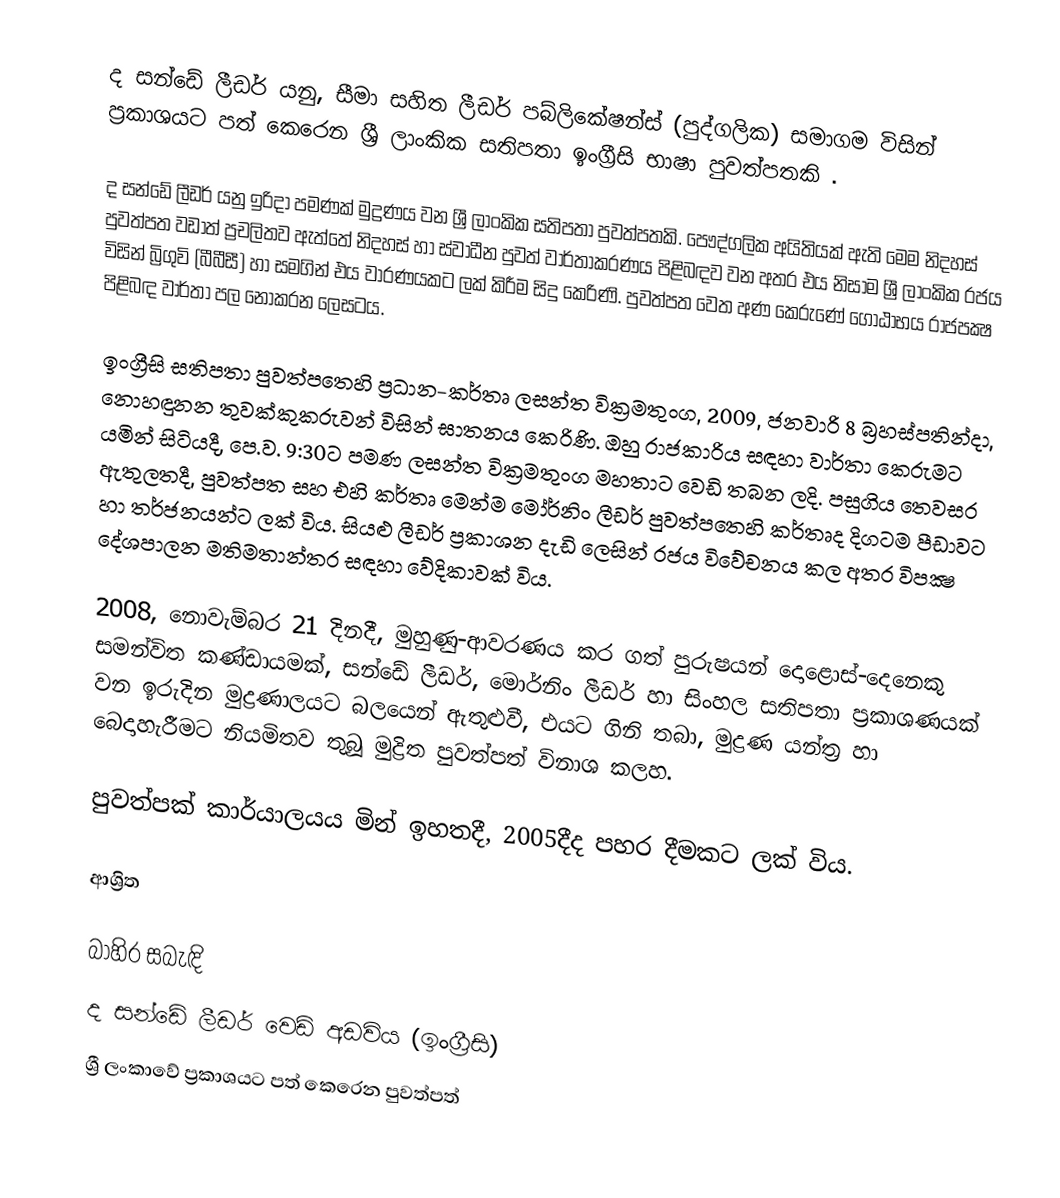
ද සන්ඩේ ලීඩර් යනු, සීමා සහිත  ලීඩර් පබ්ලිකේෂන්ස් (පුද්ගලික) සමාගම විසින් ප්‍රකාශයට පත් කෙරෙන  ශ්‍රී ලාංකික සතිපතා ඉංග්‍රීසි භාෂා පුවත්පතකි .

ද සන්ඩේ ලීඩර් යනු ඉරිදා පමණක් මුද්‍රණය වන ශ්‍රී ලාංකික  සතිපතා පුවත්පතකි. පෞද්ගලික අයිතියක් ඇති මෙම නිදහස් පුවත්පත වඩාත් ප්‍රචලිතව ඇත්තේ නිදහස් හා ස්වාධීන පුවත් වාර්තාකරණය පිළිබඳව වන අතර එය නිසාම ශ්‍රී ලාංකික රජය විසින් බ්‍රිගුවි (බීබීසී) හා සමගින් එය වාරණයකට ලක් කිරීම සිදු කෙරිණි. පුවත්පත වෙත අණ කෙරුණේ  ගෝඨාභය රාජපක්‍ෂ පිළිබඳ වාර්තා පල නොකරන ලෙසටය.

ඉංග්‍රීසි සතිපතා පුවත්පතෙහි ප්‍රධාන-කර්තෘ ලසන්ත වික්‍රමතුංග, 2009, ජනවාරි 8 බ්‍රහස්පතින්දා, නොහඳුනන තුවක්කුකරුවන් විසින් ඝාතනය කෙරිණි. ඔහු රාජකාරිය සඳහා වාර්තා කෙරුමට යමින් සිටියදී, පෙ.ව. 9:30ට පමණ ලසන්ත වික්‍රමතුංග මහතාට වෙඩි තබන ලදි.  පසුගිය තෙවසර ඇතුලතදී, පුවත්පත සහ එහි කර්තෘ මෙන්ම මෝර්නිං ලීඩර් පුවත්පතෙහි කර්තෘද දිගටම පීඩාවට හා තර්ජනයන්ට ලක් විය. සියළු ලීඩර් ප්‍රකාශන දැඩි ලෙසින් රජය විවේචනය කල අතර විපක්‍ෂ දේශපාලන මතිමතාන්තර සඳහා වේදිකාවක් විය.

2008, නොවැම්බර 21 දිනදී, මුහුණු-ආවරණය කර ගත් පුරුෂයන් දොළොස්-දෙනෙකු සමන්විත කණ්ඩායමක්, සන්ඩේ ලීඩර්, මොර්නිං ලීඩර් හා සිංහල සතිපතා ප්‍රකාශණයක් වන ඉරුදින  මුද්‍රණාලයට බලයෙන් ඇතුළුවී, එයට ගිනි තබා,  මුද්‍රණ යන්ත්‍ර හා බෙදාහැරීමට නියමිතව තුබූ මුද්‍රිත පුවත්පත්  විනාශ කලහ.

පුවත්පක් කාර්යාලයය ‍මින් ඉහතදී, 2005දීද පහර දීමකට ලක් විය.

ආශ්‍රිත

බාහිර සබැඳි
ද සන්ඩේ ලීඩර් වෙඩ් අඩවිය (ඉංග්‍රීසි)
ශ්‍රී ලංකාවේ ප්‍රකාශයට පත් කෙරෙන පුවත්පත්‎